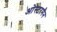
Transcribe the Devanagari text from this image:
ओस्टरमैन